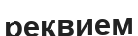
реквием